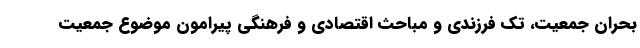
بحران جمعیت، تک فرزندی و مباحث اقتصادی و فرهنگی پیرامون موضوع جمعیت